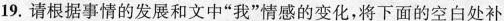
19. 请根据事情的发展和文中“我”情感的变化，将下面的空白处补